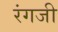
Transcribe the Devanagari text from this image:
रंगजी